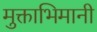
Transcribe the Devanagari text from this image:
मुक्ताभिमानी